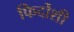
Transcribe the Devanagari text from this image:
फिर्दोशी